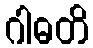
ဂါဓတိ